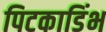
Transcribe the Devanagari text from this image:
पिटकाडिंभ